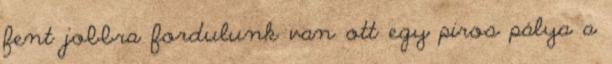
fent jobbra fordulunk van ott egy piros pálya a